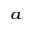
^ { a }